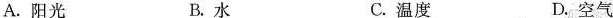
A.阳光 B.水 C.温度 D.空气